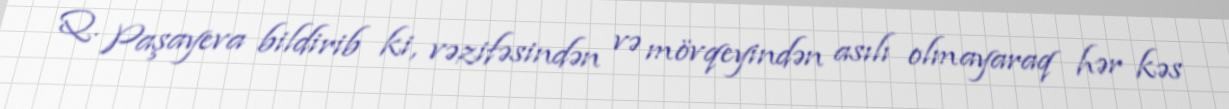
Q. Paşayeva bildirib ki, vəzifəsindən və mövqeyindən asılı olmayaraq hər kəs